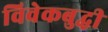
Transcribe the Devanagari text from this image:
विवेकबुद्धी